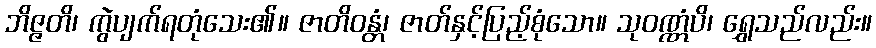
ဘိဇ္ဇတိ၊ ကွဲပျက်ရတုံသေး၏။ ဇာတိဝန္တံ၊ ဇာတ်နှင့်ပြည့်စုံသော။ သုဝဏ္ဏံပိ၊ ရွှေသည်လည်း။